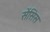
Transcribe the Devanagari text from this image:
सेंसिस